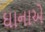
ઘાનાએ